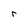
Character: r